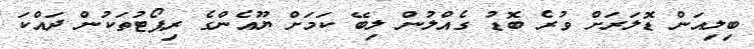
ބިލިއަން ޑޮލަރަށް ވުރެ ބޮޑު ގެއްލުން ލިބޭ ކަމަށް ޔޫއެންގެ ރިޕޯޓުތަކުން ދައްކަ